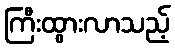
ကြီးထွားလာသည့်